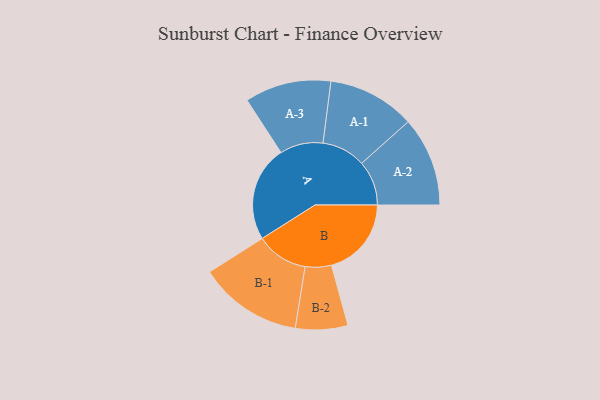
{"axis": {"x": "Segment", "y": "Value"}, "legend": ["", "A", "B"], "data": [{"x": "A", "y": 479, "type": ""}, {"x": "B", "y": 400, "type": ""}, {"x": "A-1", "y": 219, "type": "A"}, {"x": "A-2", "y": 224, "type": "A"}, {"x": "A-3", "y": 216, "type": "A"}, {"x": "B-1", "y": 260, "type": "B"}, {"x": "B-2", "y": 131, "type": "B"}]}